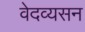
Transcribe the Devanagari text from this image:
वेदव्यसन